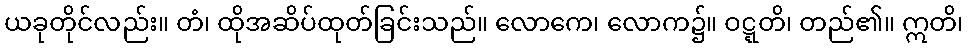
ယခုတိုင်လည်း။ တံ၊ ထိုအဆိပ်ထုတ်ခြင်းသည်။ လောကေ၊ လောက၌။ ဝဋ္ဋတိ၊ တည်၏။ ဣတိ၊